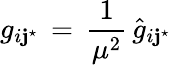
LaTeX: g_{i\mathbf{j}^{\star}}\, =\, {\frac{{1}}{{\mu^{2}}}}\, {\hat{{g}}}_{i\mathbf{j}^{\star}}